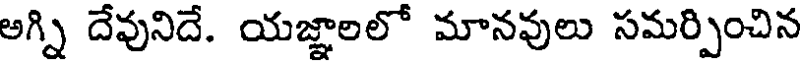
అగ్ని దేవునిదే. యజ్ఞాలలో మానవులు సమర్పించిన